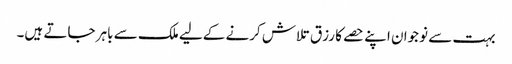
بہت سے نوجوان اپنے حصے کا رزق تلاش کرنے کےلیے ملک سے باہر جاتے ہیں۔